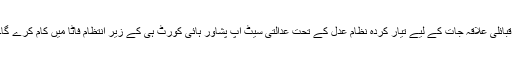
قبائلی علاقہ جات کے لیے تیار کردہ نظام عدل کے تحت عدالتی سیٹ اپ پشاور ہائی کورٹ ہی کے زیر انتظام فاٹا میں کام کرے گا۔